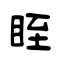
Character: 眰